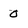
Character: 0